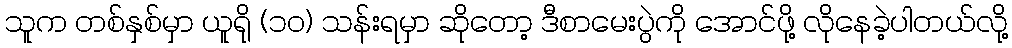
သူက တစ်နှစ်မှာ ယူရို (၁၀) သန်းရမှာ ဆိုတော့ ဒီစာမေးပွဲကို အောင်ဖို့ လိုနေခဲ့ပါတယ်လို့